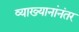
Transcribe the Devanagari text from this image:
व्याख्यानांनंतर